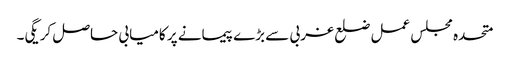
متحدہ مجلس عمل ضلع غربی سے بڑے پیمانے پر کامیابی حاصل کریگی۔